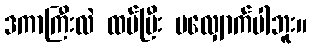
ဒကာကြီးလဲ ထပ်ပြီး မလျှောက်ပါဘူး။